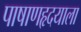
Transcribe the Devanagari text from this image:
पाषाणहृदयाला